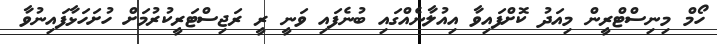
ހޯމް މިނިސްޓްރީން މިއަދު ކޮށްފައިވާ އިއުލާނެއްގައި ބުނެފައި ވަނީ ރީ ރަޖިސްޓަރީކުރުމަށް ހުށަހަޅާފައިނުވާ